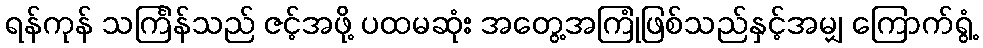
ရန်ကုန် သင်္ကြန်သည် ဇင့်အဖို့ ပထမဆုံး အတွေ့အကြုံဖြစ်သည်နှင့်အမျှ ကြောက်ရွံ့